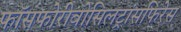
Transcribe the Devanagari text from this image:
फॉसफोरीबोसिलट्रांसफिरेस